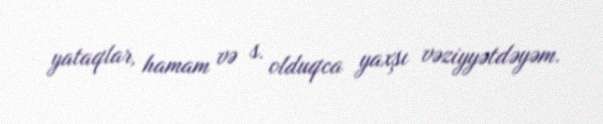
yataqlar, hamam və s. olduqca yaxşı vəziyyətdəyəm.